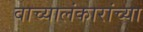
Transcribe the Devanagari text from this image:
वाच्यालंकारांच्या